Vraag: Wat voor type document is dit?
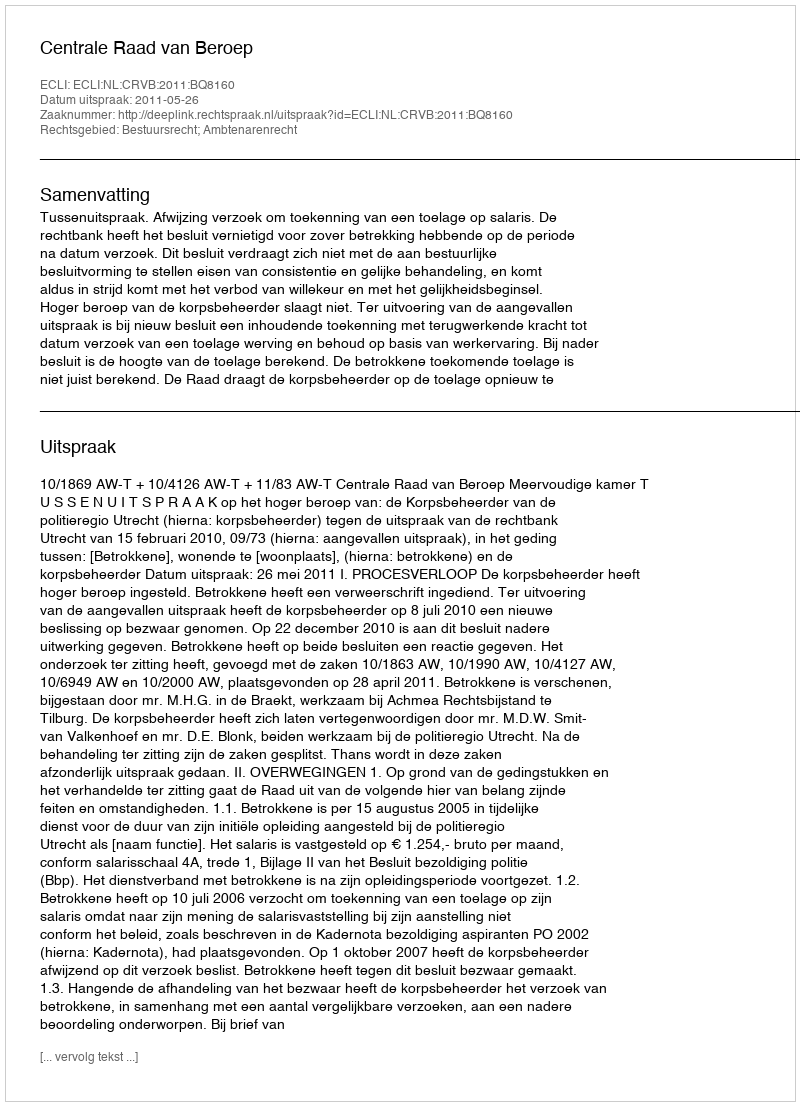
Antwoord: Uitspraak